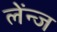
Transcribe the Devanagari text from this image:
लेंन्ज